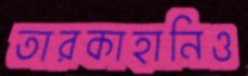
তারকাহানিও